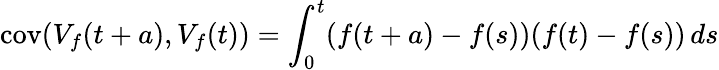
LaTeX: \operatorname{cov}(V_{f}(t+a),V_{f}(t))=\int_{0}^{t}(f(t+a)-f(s))(f(t)-f(s))\, ds